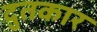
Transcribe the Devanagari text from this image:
दुतकार